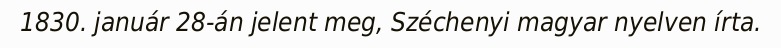
1830. január 28-án jelent meg, Széchenyi magyar nyelven írta.